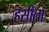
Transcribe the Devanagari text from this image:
हसीला